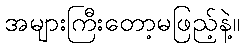
အများကြီးတော့မဖြည့်နဲ့။